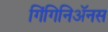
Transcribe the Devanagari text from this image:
गिंगिनिॲनस